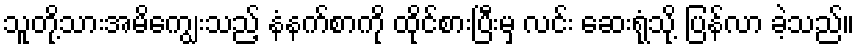
သူတို့သားအမိကျွေးသည့် နံနက်စာကို ထိုင်စားပြီးမှ လင်း ဆေးရုံသို့ ပြန်လာ ခဲ့သည်။